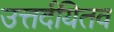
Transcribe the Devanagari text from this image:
उत्तर्दयितव